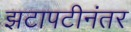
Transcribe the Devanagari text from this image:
झटापटीनंतर